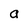
Character: a